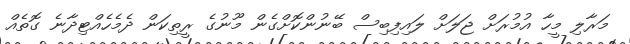
މަރާލި މީހާ އުމުރަށް ޖަލަށް ލައިފިބިސް ބޭނުންކޮށްގެން މޫނުގެ ރީތިކަން ދެމެހެއްޓިދާނެ ގޮތެއް